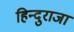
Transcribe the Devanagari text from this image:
हिन्दुराजा